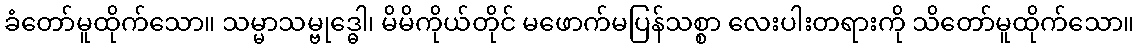
ခံတော်မူထိုက်သော။ သမ္မာသမ္ဗုဒ္ဓေါ၊ မိမိကိုယ်တိုင် မဖောက်မပြန်သစ္စာ လေးပါးတရားကို သိတော်မူထိုက်သော။